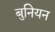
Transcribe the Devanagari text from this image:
बुनियन